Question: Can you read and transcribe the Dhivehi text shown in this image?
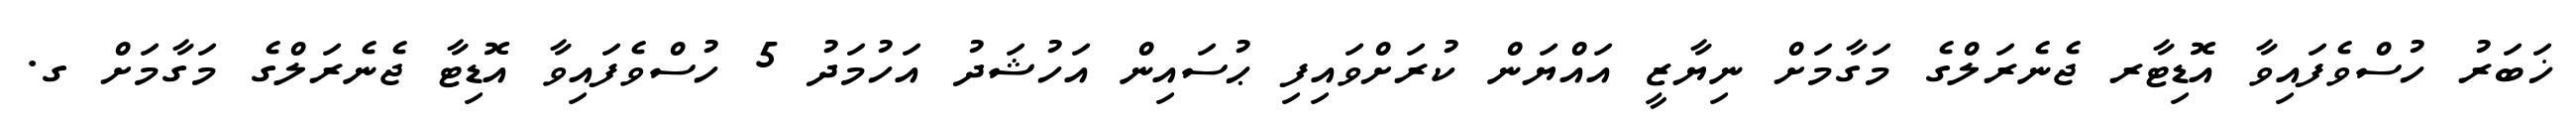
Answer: ޚަބަރު ހުސްވެފައިވާ އޮޑިޓާރ ޖެނެރަލްގެ މަގާމަށް ނިޔާޒީ އައްޔަން ކުރަށްވައިފި ޙުސައިން އަހުޝަދު އަހުމަދު 5 ހުސްވެފައިވާ އޮޑިޓާ ޖެނެރަލްގެ މަގާމަށް ގ.